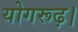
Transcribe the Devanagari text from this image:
योगरूढ़।